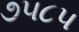
૭૫૮૫